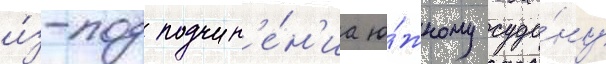
и́з-под подчин'е́н'иа ю́жному суда́ну